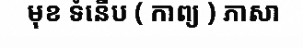
មុខ ទំនើប ( កាព្យ ) ភាសា